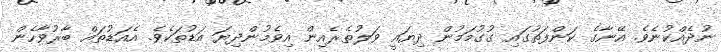
ނުދެއްކުނެވެ. އޭނާގެ ކަންފަތުގައި ގުގުމަމުން ދިޔައީ ވަލުތެރެއިން އިވެމުންދިޔަ އަޑުތަކެވެ. އެއަޑުތައް ބާރުވާހެން